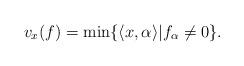
LaTeX: \begin{align*}v_x(f)= \min\{ \langle x, \alpha\rangle | f_\alpha\neq 0 \}.\end{align*}